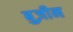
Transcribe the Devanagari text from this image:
बुज़ीन